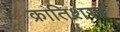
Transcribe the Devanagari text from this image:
क्रांतिशस्त्र